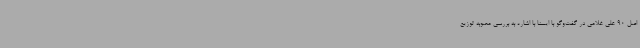
اصل 90 علی غلامی در گفت‌وگو با ایسنا با اشاره به بررسی مصوبه توزیع